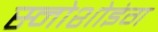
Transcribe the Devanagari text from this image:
स्नोशोइंग